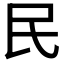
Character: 民